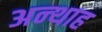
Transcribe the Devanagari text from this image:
अन्‍थाह